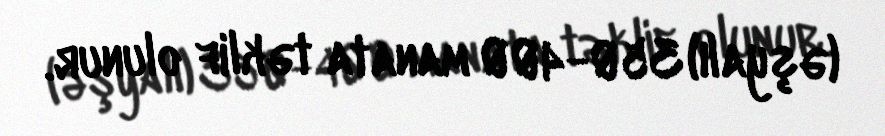
(əşyalı) 350-400 manata təklif olunur.